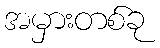
အမှားတစ်ခု